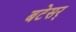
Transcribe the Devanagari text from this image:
बटेसर्